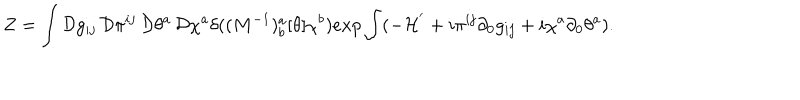
Z = \int { \cal D } g _ { i j } \, { \cal D } \pi ^ { i j } \, { \cal D } \theta ^ { a } \, { \cal D } \chi ^ { a } \delta ( ( M ^ { - 1 } ) _ { b } ^ { a } [ \theta ] \chi ^ { b } ) e x p \int ( - { \cal H } ^ { ' } + i \pi ^ { i j } \partial _ { 0 } g _ { i j } + i \chi ^ { a } \partial _ { 0 } \theta ^ { a } ) .